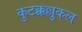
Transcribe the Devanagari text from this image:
कुटक्कल्लुकल